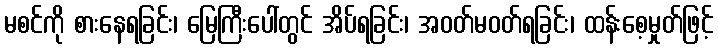
မစင်ကို စားနေရခြင်း၊ မြေကြီးပေါ်တွင် အိပ်ရခြင်း၊ အဝတ်မဝတ်ရခြင်း၊ ထန်းစေ့မှုတ်ဖြင့်